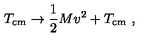
T _ { \mathrm { c m } } \to \frac { 1 } { 2 } M v ^ { 2 } + T _ { \mathrm { c m } } \ ,